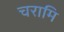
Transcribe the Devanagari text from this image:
चरामि